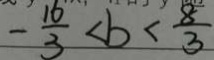
- \frac { 1 6 } { 3 } < b < \frac { 8 } { 3 }